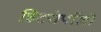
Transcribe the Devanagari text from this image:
हिटरोपॉली